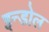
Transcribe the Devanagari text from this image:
इन्डोल